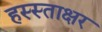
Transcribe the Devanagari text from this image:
हस्स्ताक्षर